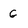
Character: G